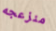
منزعجه